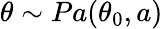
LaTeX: \theta\sim Pa(\theta_{0},a)